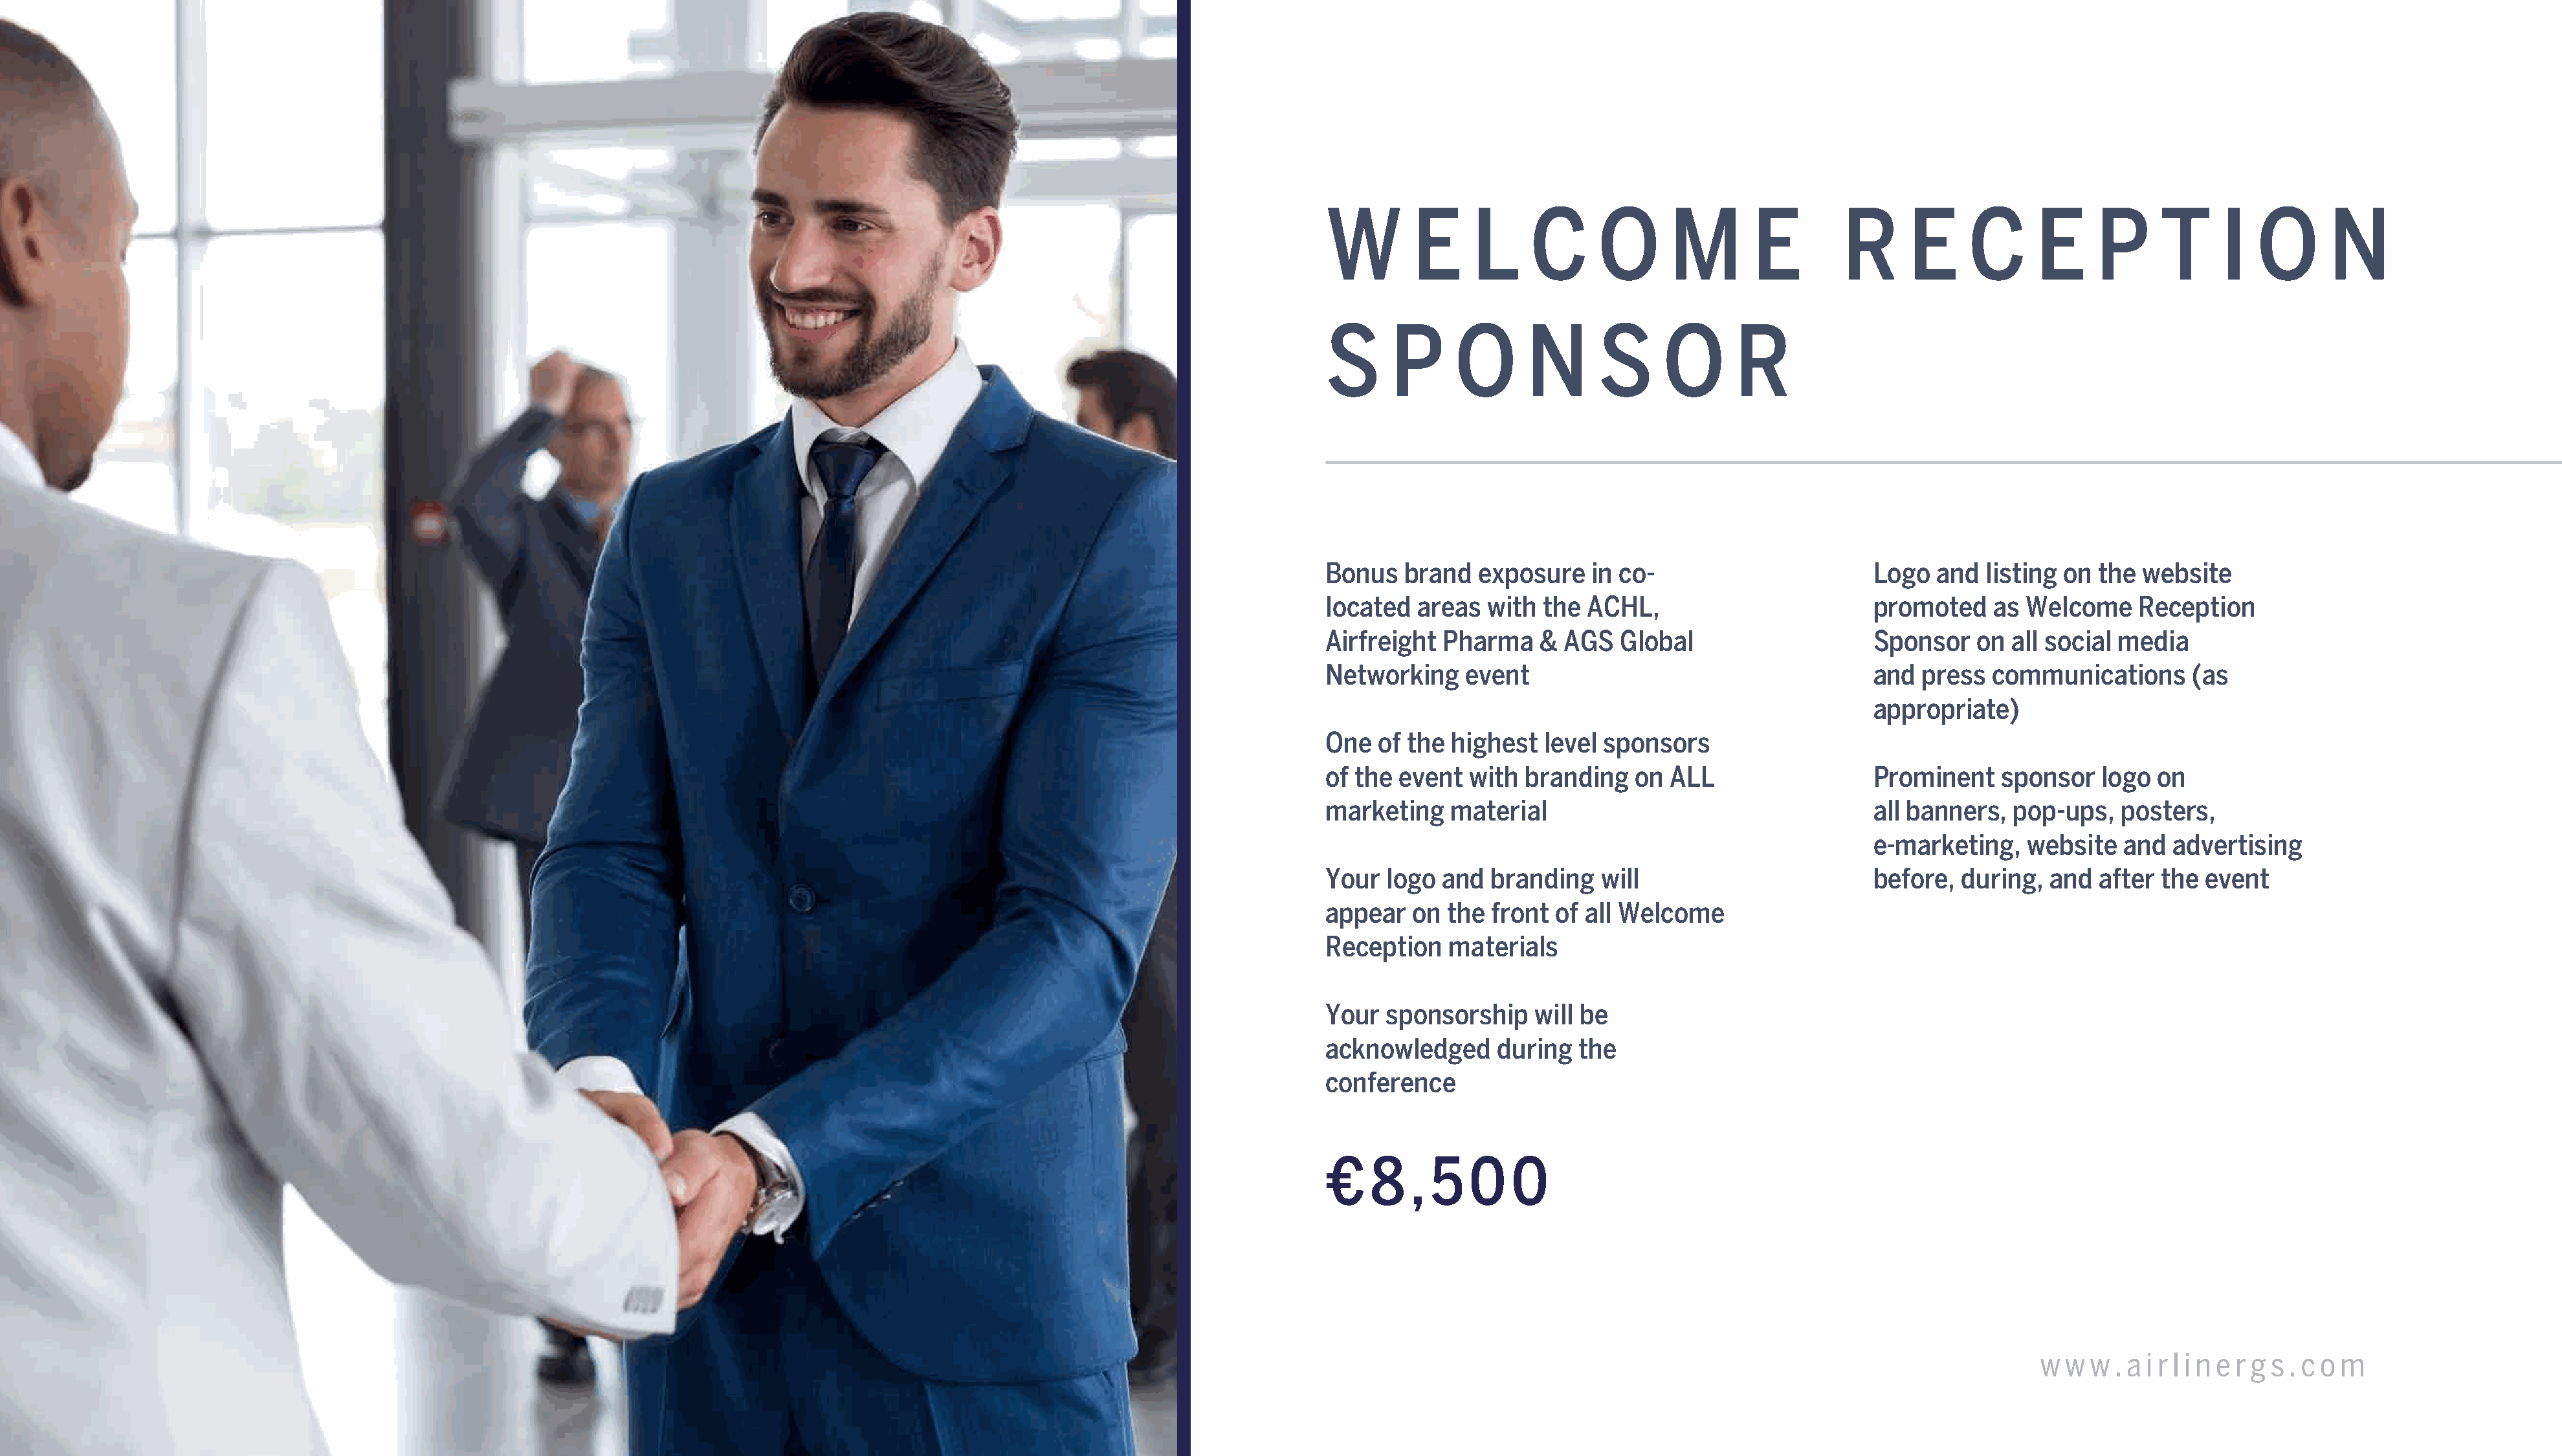
W       E      L     C     O       M       E        R      E     C      E     P      T     I   O      N
 S     P      O      N      S      O      R
 Bonus   brand  exposure    in co-                       Logo  and  listing on  the website
 located  areas  with  the ACHL,                         promoted    as Welcome     Reception
 Airfreight  Pharma    & AGS   Global                    Sponsor   on  all social media
 Networking    event                                     and  press  communications      (as
 appropriate)
 One  of the highest   level sponsors
 of the event  with  branding   on  ALL                  Prominent    sponsor   logo  on
 marketing   material                                    all banners,  pop-ups,   posters,
 e-marketing,   website   and  advertising
 Your  logo  and  branding   will                        before,  during,  and  after the  event
 appear  on  the  front of all Welcome
 Reception   materials
 Your  sponsorship    will be
 acknowledged     during  the
 conference
 €   8   , 5   0    0
 AGS    Global    Networking        Summit      2022                                                                                                                                          w w  w . a i r l i n e r g s . c o m